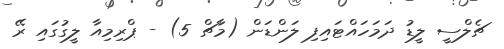
ޗެލްސީ ލީޑު ދަމަހައްޓައިފި ލަންޑަން (މާޗް 5) - ޕްރިމިއާ ލީގުގައި ރޭ